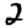
Digit: 2